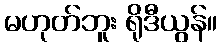
မဟုတ်ဘူး ရိုဒီယွန်။